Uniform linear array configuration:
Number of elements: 8
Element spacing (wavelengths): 0.75
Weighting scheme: exponential
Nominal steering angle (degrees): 15
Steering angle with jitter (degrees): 13.21
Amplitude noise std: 0.05
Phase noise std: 0.05

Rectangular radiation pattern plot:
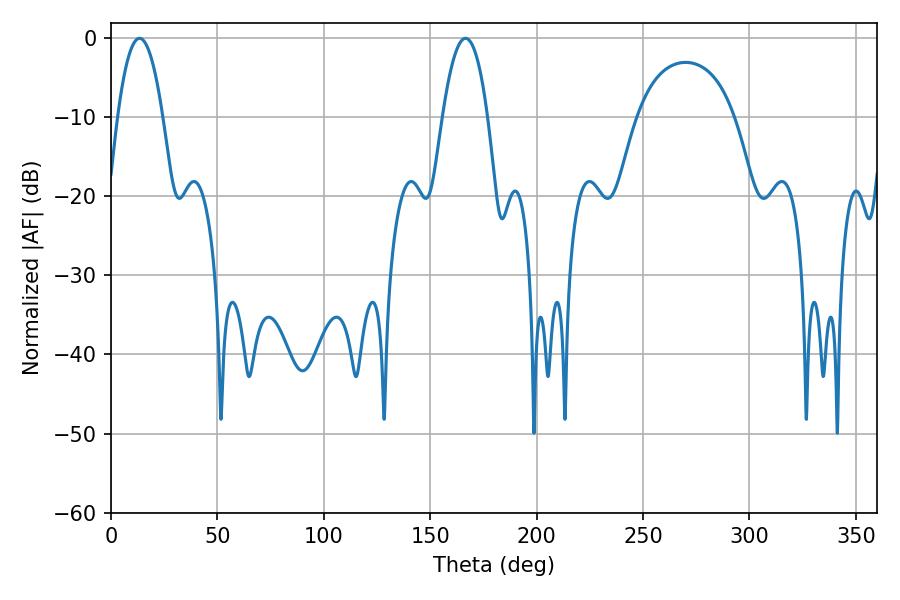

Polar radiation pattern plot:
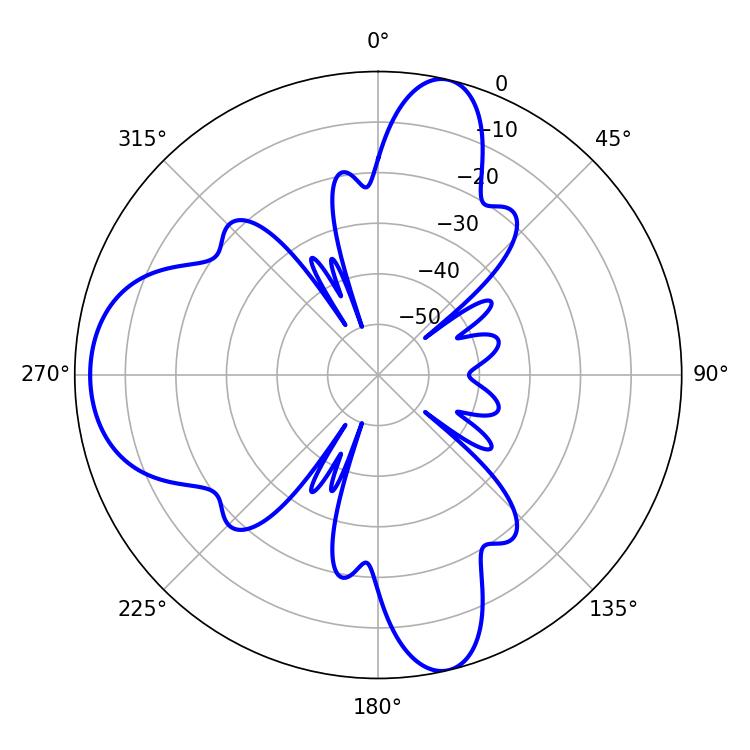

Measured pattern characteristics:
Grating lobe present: TRUE
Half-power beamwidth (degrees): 11.7
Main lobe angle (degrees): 13.32